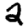
Digit: 2